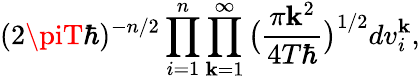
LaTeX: (2\piT\hbar)^{-n/2}\prod_{i=1}^{n}\prod_{\mathbf{k}=1}^{\infty}\big(\frac{{\pi\mathbf{k}^{2}}}{{4T\hbar}}\big)^{1/2}dv_{i}^{\mathbf{k}},